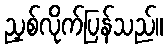
ညှစ်လိုက်ပြန်သည်။